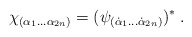
\begin{align*} \chi_{(\alpha_1\ldots \alpha_{2n})} = (\psi_{(\dot\alpha_1\ldots \dot\alpha_{2n})})^* \;.\end{align*}